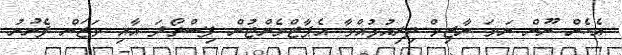
އެހެން ނޫން ނަމަ ނާޒިމް ދިރިއުޅުއްވާ އެޕާޓްމެންޓުން ފިސްތޯލަ އާއި ވަޒަން ފެނުނު